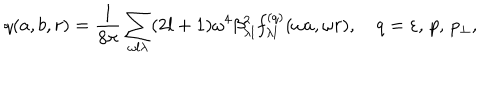
LaTeX: q ( a , b , r ) = \frac { 1 } { 8 \pi } \sum _ { \omega l \lambda } ( 2 l + 1 ) \omega ^ { 4 } \beta _ { \lambda l } ^ { 2 } f _ { \lambda l } ^ { ( q ) } ( \omega a , \omega r ) , \quad q = \varepsilon , \, p , \, p _ { \perp } ,